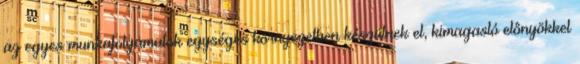
az egyes munkafolyamatok egységes környezetben készülnek el, kimagasló elônyökkel